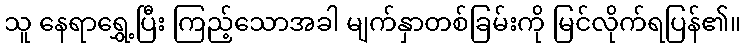
သူ နေရာရွှေ့ပြီး ကြည့်သောအခါ မျက်နှာတစ်ခြမ်းကို မြင်လိုက်ရပြန်၏။